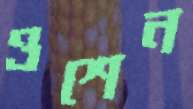
ওশেন